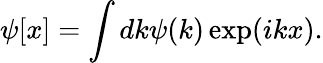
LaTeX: \psi[x]=\int dk\psi(k)\exp(ikx).